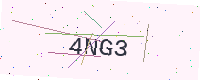
Text: 4NG3